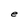
Character: F